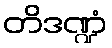
တိဒဏ္ဍံ